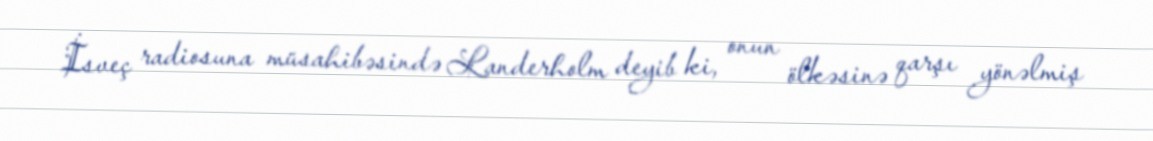
İsveç radiosuna müsahibəsində Landerholm deyib ki, onun ölkəsinə qarşı yönəlmiş